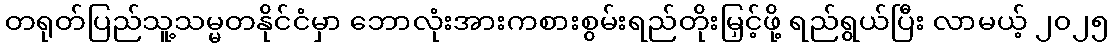
တရုတ်ပြည်သူ့သမ္မတနိုင်ငံမှာ ဘောလုံးအားကစားစွမ်းရည်တိုးမြှင့်ဖို့ ရည်ရွယ်ပြီး လာမယ့် ၂၀၂၅